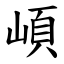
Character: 崸